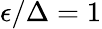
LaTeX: \epsilon/\Delta=1